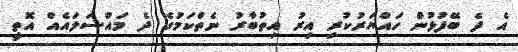
އެ ދެ ބޭފުޅުން ހައްޔަރުކުރި އިރު އިތުބާރު ނެތްކަމުގެ ދެ މައްސަލައެއް އޮތީ